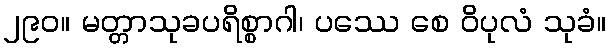
၂၉၀။ မတ္တာသုခပရိစ္စာဂါ၊ ပဿေ စေ ဝိပုလံ သုခံ။